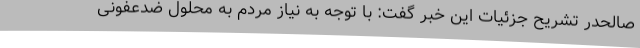
صالحدر تشریح جزئیات این خبر گفت: با توجه به نیاز مردم به محلول ضدعفونی